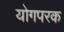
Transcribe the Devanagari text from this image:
योगपरक